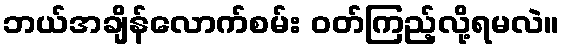
ဘယ်အချိန်လောက်စမ်း ဝတ်ကြည့်လို့ရမလဲ။